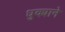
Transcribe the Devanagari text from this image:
धुक्याने